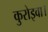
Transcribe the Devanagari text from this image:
कुरोइवा।